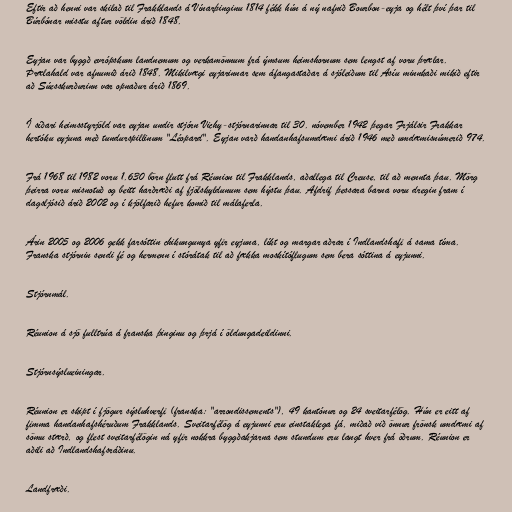
Eftir að henni var skilað til Frakklands á Vínarþinginu 1814 fékk hún á ný nafnið Bourbon-eyja og hélt því þar til
Búrbónar misstu aftur völdin árið 1848.

Eyjan var byggð evrópskum landnemum og verkamönnum frá ýmsum heimshornum sem lengst af voru þrælar.
Þrælahald var afnumið árið 1848. Mikilvægi eyjarinnar sem áfangastaðar á sjóleiðum til Asíu minnkaði mikið eftir
að Súesskurðurinn var opnaður árið 1869.

Í síðari heimsstyrjöld var eyjan undir stjórn Vichy-stjórnarinnar til 30. nóvember 1942 þegar Frjálsir Frakkar
hertóku eyjuna með tundurspillinum "Léopard". Eyjan varð handanhafsumdæmi árið 1946 með umdæmisnúmerið 974.

Frá 1968 til 1982 voru 1.630 börn flutt frá Réunion til Frakklands, aðallega til Creuse, til að mennta þau. Mörg
þeirra voru misnotuð og beitt harðræði af fjölskyldunum sem hýstu þau. Afdrif þessara barna voru dregin fram í
dagsljósið árið 2002 og í kjölfarið hefur komið til málaferla.

Árin 2005 og 2006 gekk farsóttin chikungunya yfir eyjuna, líkt og margar aðrar í Indlandshafi á sama tíma.
Franska stjórnin sendi fé og hermenn í stórátak til að fækka moskítóflugum sem bera sóttina á eyjunni.

Stjórnmál.

Réunion á sjö fulltrúa á franska þinginu og þrjá í öldungadeildinni.

Stjórnsýslueiningar.

Réunion er skipt í fjögur sýsluhverfi (franska: "arrondissements"), 49 kantónur og 24 sveitarfélög. Hún er eitt af
fimma handanhafshéruðum Frakklands. Sveitarfélög á eyjunni eru einstaklega fá, miðað við önnur frönsk umdæmi af
sömu stærð, og flest sveitarfélögin ná yfir nokkra byggðakjarna sem stundum eru langt hver frá öðrum. Réunion er
aðili að Indlandshafsráðinu.

Landfræði.